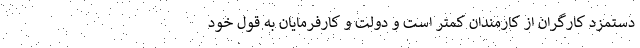
دستمزد کارگران از کارمندان کمتر است و دولت و کارفرمایان به قول خود